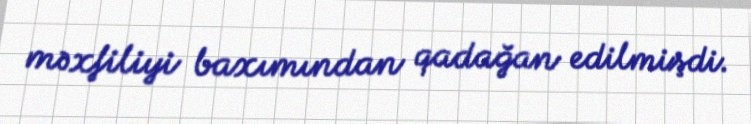
məxfiliyi baxımından qadağan edilmişdi.